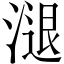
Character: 𣻇